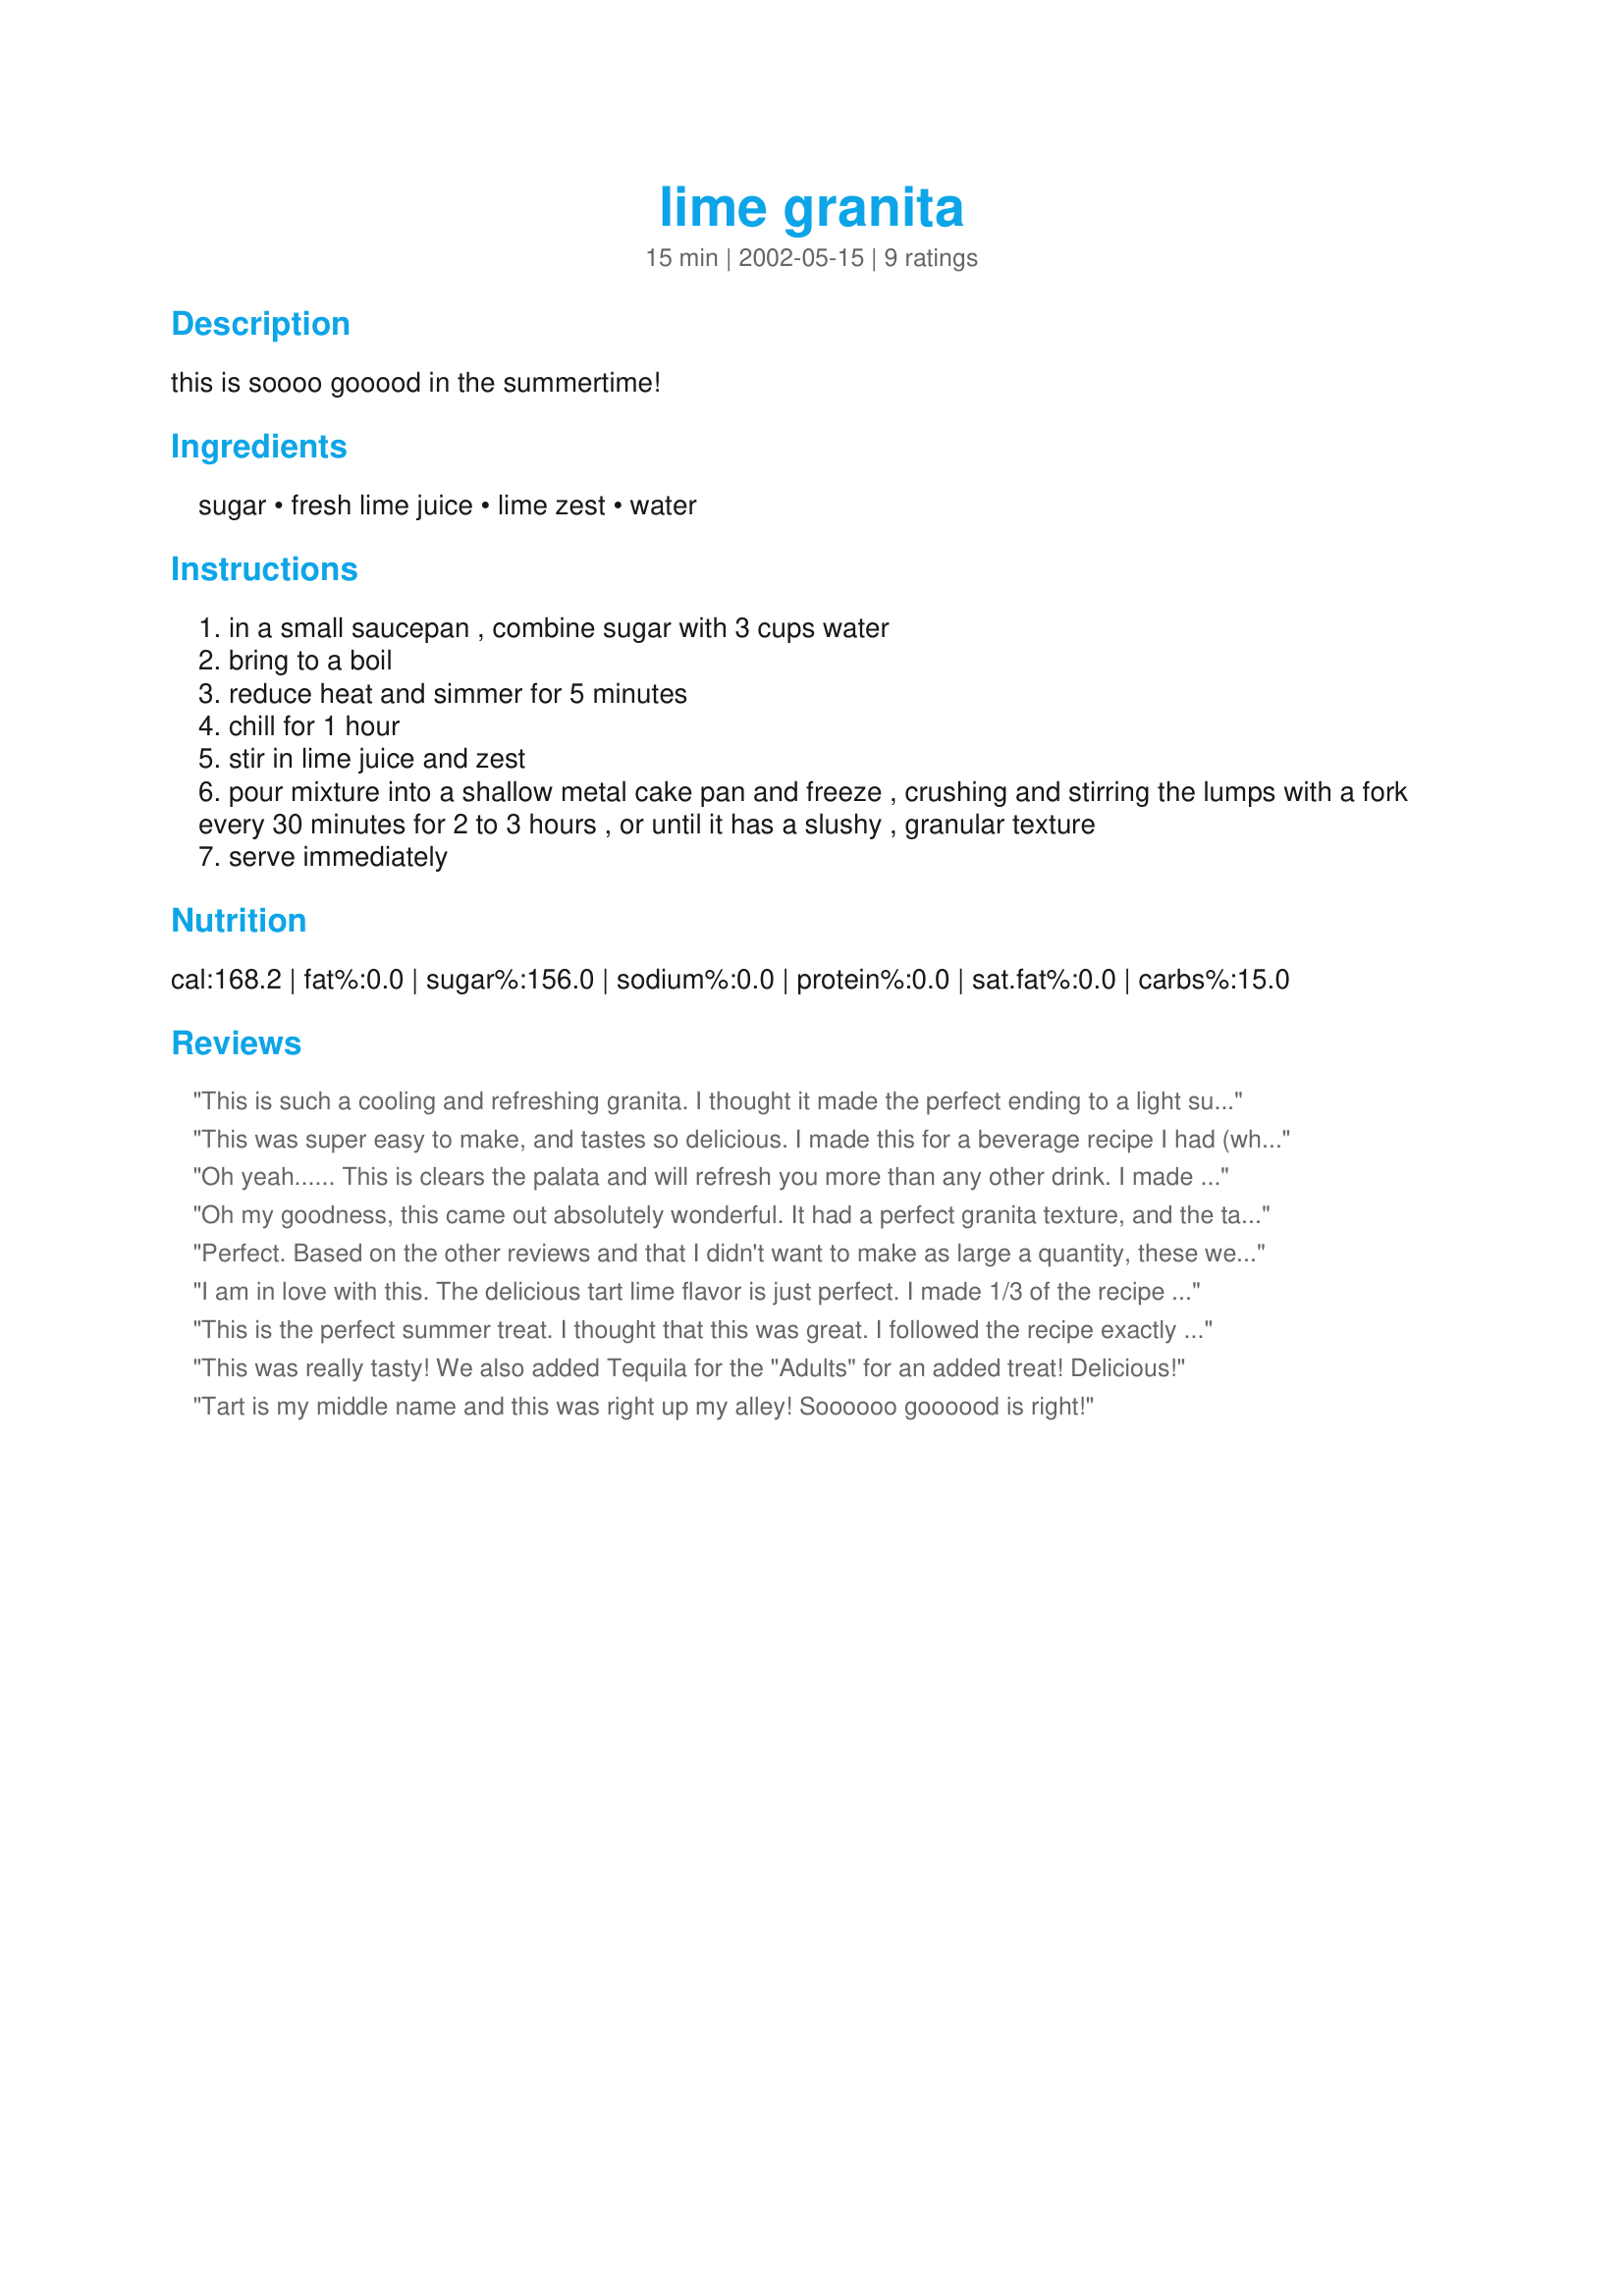
lime granita
Preparation time: 15 minutes

this is soooo gooood in the summertime!

Ingredients:
sugar, fresh lime juice, lime zest, water

Steps:
in a small saucepan , combine sugar with 3 cups water
bring to a boil
reduce heat and simmer for 5 minutes
chill for 1 hour
stir in lime juice and zest
pour mixture into a shallow metal cake pan and freeze , crushing and stirring the lumps with a fork every 30 minutes for 2 to 3 hours , or until it has a slushy , granular texture
serve immediately

Reviews:
This is such a cooling and refreshing granita. I thought it made the perfect ending to a light summer dinner. It is more tart than sweet but that is what makes it so good. The slushy texture is just right. Thanks, will be making this one many more times.
This was super easy to make, and tastes so delicious. I made this for a beverage recipe I had (where you add a scoop of the granita to a little tequila and sprite). They were to die for! This also really perks up anything sweet that calls for a lime flavoring. I really recommend this delightful and great recipe. Everyone that tried here loved it (and that includes people who did not add booze!). Thanks!
Oh yeah...... This is clears the palata and will refresh you more than any other drink. I made this with unflavored sparkling water. I can imagine how this would be just the perfect summer refreshment. This is a keeper!
Oh my goodness, this came out absolutely wonderful. It had a perfect granita texture, and the taste was wonderfully sweet and tart at the same time. I couldn't get enough of it. Thanks!
Perfect. Based on the other reviews and that I didn't want to make as large a quantity, these were the proportions I used:
1/2 c. sugar
3/4 c. fresh lime juice (6 limes)
2 tsp. grated lime zest (1 lime)
1 1/2 c. water

The taste was delightfully tart, very lime-y, and with just the right tang and texture of a true granita. Thanks!
I am in love with this. The delicious tart lime flavor is just perfect. I made 1/3 of the recipe because of lack of limes, using all the ingredients and proportions in the recipe. I had easily dissolved castor sugar, however, so I did not cook the sugar and water together. I put all the ingredients into a doubled food service plastic bags, and froze them, kneading the mixture to break up the ice crystals. The next morning a few whacks with a rolling pin restored the slushy texture. This is tart, but I personally would not change the recipe's ratio of sugar to the other ingredients. Thank you very much for sharing this recipe.
This is the perfect summer treat. I thought that this was great. I followed the recipe exactly and it turned out perfectly. Some of my guests thought that it was a little on the tart side, but everyone else thought it was perfect. You may want to add some extra sugar if you don't like really tart desserts. I'll definetely make this one again. Thanks for the recipe!
This was really tasty! We also added Tequila for the "Adults" for an added treat! Delicious!
Tart is my middle name and this was right up my alley! Soooooo goooood is right!
